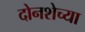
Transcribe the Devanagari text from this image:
दोनशेच्या